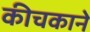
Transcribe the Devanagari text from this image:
कीचकाने